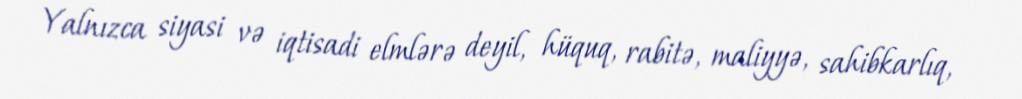
Yalnızca siyasi və iqtisadi elmlərə deyil, hüquq, rabitə, maliyyə, sahibkarlıq,